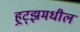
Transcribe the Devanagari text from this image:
हर्‍ट्झमधील